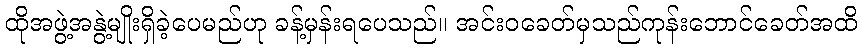
ထိုအဖွဲ့အနွဲ့မျိုးရှိခဲ့ပေမည်ဟု ခန့်မှန်းရပေသည်။ အင်းဝခေတ်မှသည်ကုန်းဘောင်ခေတ်အထိ